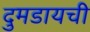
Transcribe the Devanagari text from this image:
दुमडायची